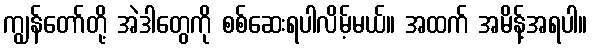
ကျွန်တော်တို့ အဲဒါတွေကို စစ်ဆေးရပါလိမ့်မယ်။ အထက် အမိန့်အရပါ။